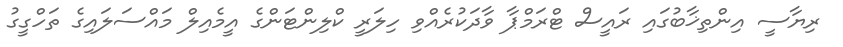
ރިޔާސީ އިންތިޚާބުގައި ރައީސް ޓްރަމްޕާ ވާދަކުރެއްވި ހިލަރީ ކްލިންޓަންގެ އީމެއިލް މައްސަލައިގެ ތަހްގީގު